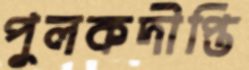
পুলকদীপ্তি